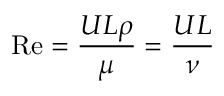
\mathrm { R e } = { \frac { U L \rho } { \mu } } = { \frac { U L } { \nu } }